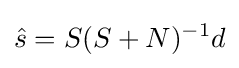
{\hat {s}}=S(S+N)^{-1}d